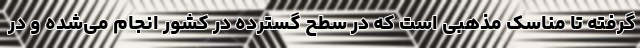
گرفته تا مناسک مذهبی است که در سطح گسترده در کشور انجام می‌شده و در